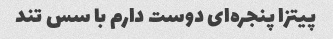
پیتزا پنجره‌ای دوست دارم با سس تند